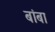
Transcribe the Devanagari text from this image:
बांबा